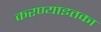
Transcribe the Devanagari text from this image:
करण्याइतका